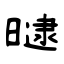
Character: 曃